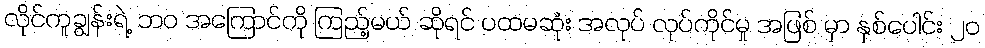
လိုင်ကူချွန်းရဲ့ ဘ၀ အကြောင်ကို ကြည့်မယ် ဆိုရင် ပထမဆုံး အလုပ် လုပ်ကိုင်မှု အဖြစ် မှာ နှစ်ပေါင်း ၂၀